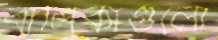
বালিকাগুলো